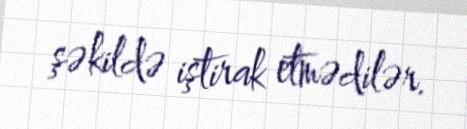
şəkildə iştirak etmədilər.